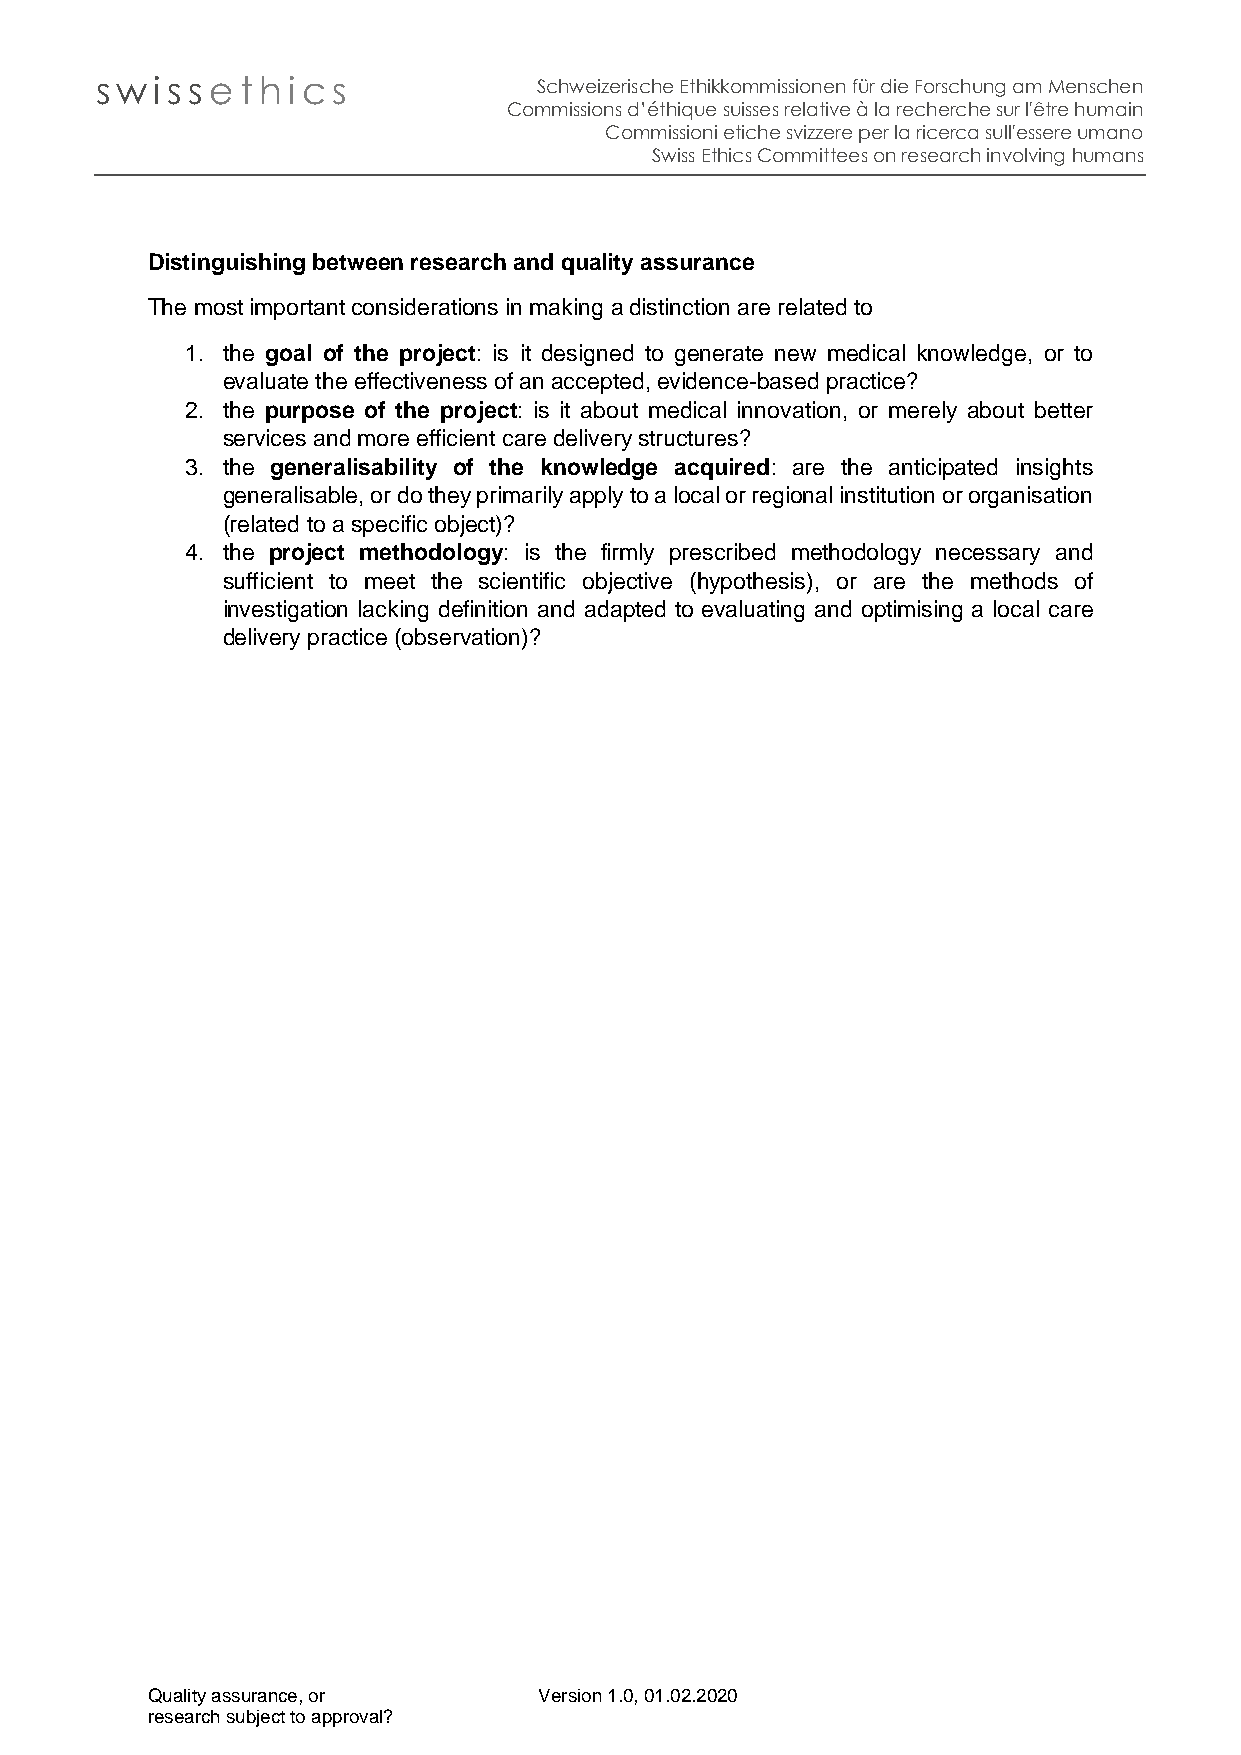
sw  iss e t h i cs            Schweizerische Ethikkommissionen für die Forschung am Menschen
 Commissions d’éthique suisses relative à la recherche sur l'être humain
 Commissioni etiche svizzere per la ricerca sull'essere umano
 Swiss Ethics Committees on research involving humans
 Distinguishing between research and quality assurance
 The most important considerations in making a distinction are related to
 1. the goal of the project: is it designed to generate new medical knowledge, or to
 evaluate the effectiveness of an accepted, evidence-based practice?
 2. the purpose of the project: is it about medical innovation, or merely about better
 services and more efficient care delivery structures?
 3. the generalisability of the knowledge acquired: are the anticipated insights
 generalisable, or do they primarily apply to a local or regional institution or organisation
 (related to a specific object)?
 4. the project methodology: is the firmly prescribed methodology necessary and
 sufficient to meet the scientific objective (hypothesis), or are the methods of
 investigation lacking definition and adapted to evaluating and optimising a local care
 delivery practice (observation)?
 Quality assurance, or     Version 1.0, 01.02.2020
 research subject to approval?